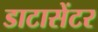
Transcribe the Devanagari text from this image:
डाटासेंटर